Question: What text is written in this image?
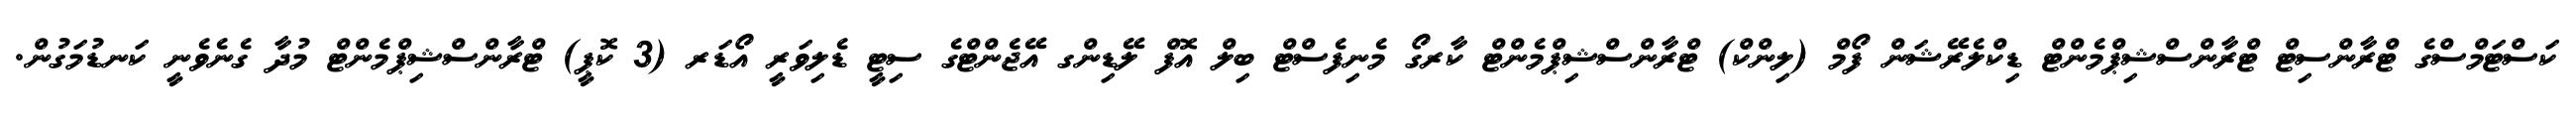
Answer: ކަސްޓަމްސްގެ ޓްރާންސިޓް ޓްރާންސްޝިޕްމެންޓް ޑިކްލެރޭޝަން ފޯމް (ލިންކް) ޓްރާންސްޝިޕްމެންޓް ކާރގޯ މެނިފެސްޓް ބިލް އޮފް ލޭޑިންގ އޭޖެންޓްގެ ސިޓީ ޑެލިވަރީ އޯޑަރ (3 ކޮޕީ) ޓްރާންސްޝިޕްމެންޓް މުދާ ގެނެވެނީ ކަނޑުމަގުން.